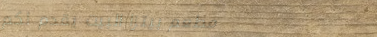
مطعم بيتزا البيت يقدم لكم